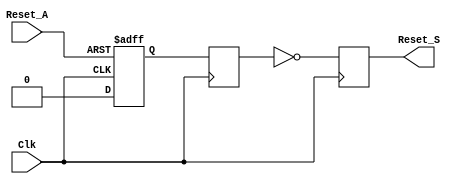
module async_reset_synchronizer (
    input wire Clk,              // Clock signal
    input wire Reset_A,          // Asynchronous reset input
    output reg Reset_S           // Synchronized reset output
);

    // Parameter to configure active low or active high reset
    parameter ACTIVE_LOW = 1'b1; // 1 for active low, 0 for active high

    // Internal signals for synchronization
    reg sync_ff1;
    reg sync_ff2;

    // Synchronous reset logic
    always @(posedge Clk or negedge Reset_A) begin
        if (ACTIVE_LOW ? !Reset_A : Reset_A) begin
            sync_ff1 <= 1'b1; // Asserted state for active low or high
        end else begin
            sync_ff1 <= 1'b0; // De-asserted state
        end
    end

    always @(posedge Clk) begin
        sync_ff2 <= sync_ff1; // Synchronize the first flip-flop output
    end

    // Final output logic
    always @(posedge Clk) begin
        Reset_S <= ACTIVE_LOW ? !sync_ff2 : sync_ff2; // Invert output for active low
    end

endmodule